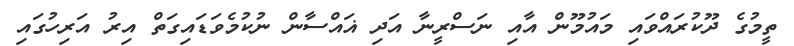
ތީމުގެ ދޫކުރައްވައި މައުމޫން އާއި ނަސްރީނާ އަދި ޣައްސާން ނުކުމެވަޑައިގަތް އިރު އަރިހުގައި